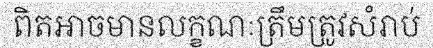
ពិតអាចមានលក្ខណៈត្រឹមត្រូវសំរាប់